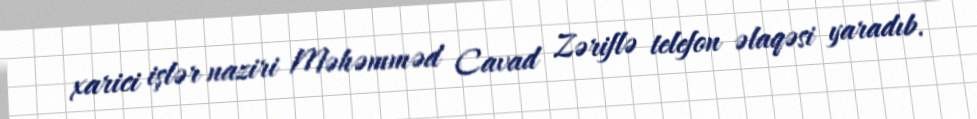
xarici işlər naziri Məhəmməd Cavad Zəriflə telefon əlaqəsi yaradıb.